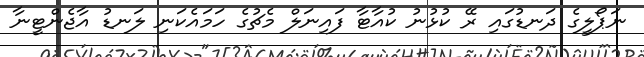
ނަޕޯލީގެ ދަނޑުގައި ރޭ ކުުޅުނު ކުއާޓާ ފައިނަލް މެޗުގެ ހަމައެކަނި ލަނޑު އާޖެންޓީނާ